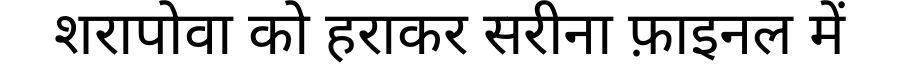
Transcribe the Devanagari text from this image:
शरापोवा को हराकर सरीना फ़ाइनल में